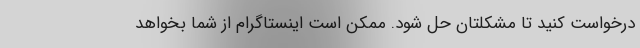
درخواست کنید تا مشکلتان حل شود. ممکن است اینستاگرام از شما بخواهد